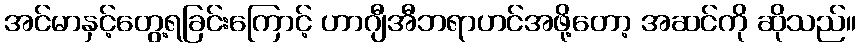
အင်မာနှင့်တွေ့ရခြင်းကြောင့် ဟာဂျီအီဘရာဟင်အဖို့တော့ အဆင်ကို ဆိုသည်။